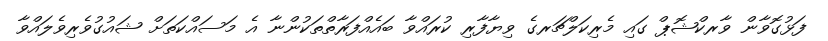
ފަޅުގޮވާން ވާރކްޝޮޕް ގައި މެރިކަލްޗަރގެ ވިޔާފާރި ކުރައްވާ ބައެއްފަރާތްތަކުންނާ އެ މަސައްކަތަށް ޝައުގުވެރިވެލައްވާ